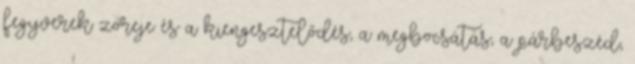
fegyverek zöreje és a kiengesztelődés, a megbocsátás, a párbeszéd,